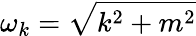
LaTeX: \omega_{k}={\sqrt{k^{2}+m^{2}}}